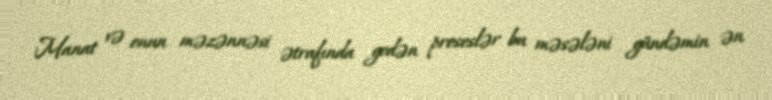
Manat və onun məzənnəsi ətrafında gedən proseslər bu məsələni gündəmin ən